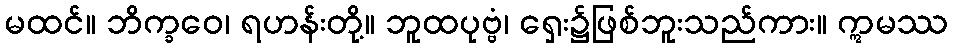
မထင်။ ဘိက္ခဝေ၊ ရဟန်းတို့။ ဘူထပုဗ္ဗံ၊ ရှေး၌ဖြစ်ဘူးသည်ကား။ ဣမဿ